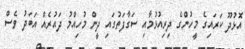
އޮޅުދޫ ކަރައިގެ މީހުންގެ ދިރިއުޅުމާއި ސަގާފަތުގައި ދީން މުހިއްމު ދައުރެއް އަބަދު ވެސް